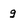
Character: g